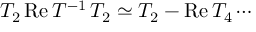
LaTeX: T _ { 2 } \, \mathrm { R e } \, T ^ { - 1 } \, T _ { 2 } \simeq T _ { 2 } - \mathrm { R e } \, T _ { 4 } \cdots